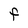
Character: F